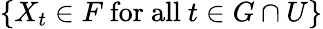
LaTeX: \{ X_{t}\in F{\mathrm{~for~all~}}t\in G\cap U\}